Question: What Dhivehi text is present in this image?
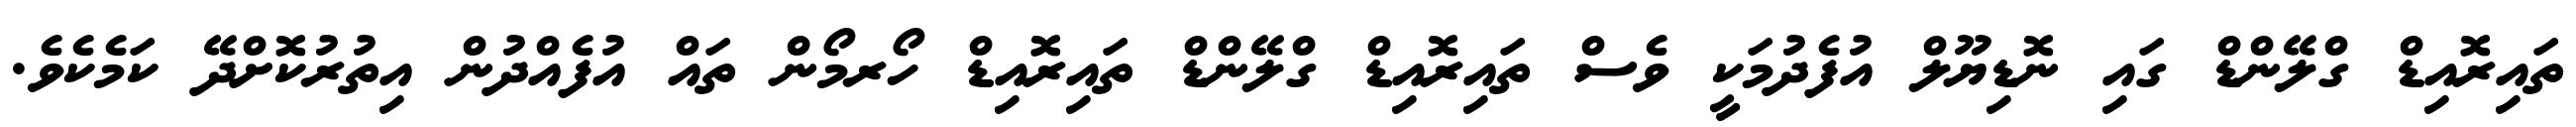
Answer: ތައިރޮއިޑް ގްލޭންޑް ގައި ނޮޑިޔޫލް އުފެދުމަކީ ވެސް ތައިރޮއިޑް ގްލޭންޑް ތައިރޮއިޑް ހޯރމޯން ތައް އުފެއްދުން އިތުރުކޮށްދޭ ކަމެކެވެ.